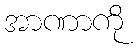
အာဏာကို